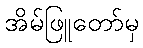
အိမ်ဖြူတော်မှ